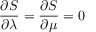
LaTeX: \frac { \partial S } { \partial \lambda } = \frac { \partial S } { \partial \mu } = 0